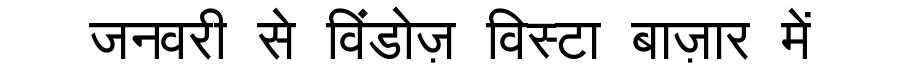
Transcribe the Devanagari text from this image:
जनवरी से विंडोज़ विस्टा बाज़ार में